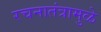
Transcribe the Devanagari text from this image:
रचनातंत्रामुळे